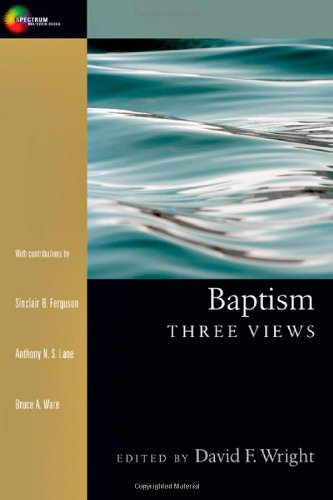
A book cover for Baptism: Three Views; Christian Books & Bibles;